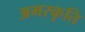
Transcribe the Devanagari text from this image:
अमरकृति